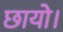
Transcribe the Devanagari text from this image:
छायो।